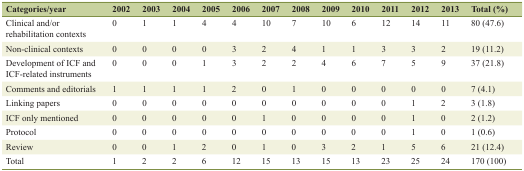
| Categories/year | 2002 | 2003 | 2004 | 2005 | 2006 | 2007 | 2008 | 2009 | 2010 | 2011 | 2012 | 2013 | Total (%) |
 | --- | --- | --- | --- | --- | --- | --- | --- | --- | --- | --- | --- | --- | --- |
 | Clinical and/or rehabilitation contexts | 0 | 1 | 1 | 4 | 4 | 10 | 7 | 10 | 6 | 12 | 14 | 11 | 80 (47.6) |
 | Non-clinical contexts | 0 | 0 | 0 | 0 | 3 | 2 | 4 | 1 | 1 | 3 | 3 | 2 | 19 (11.2) |
 | Development of ICF and ICF-related instruments | 0 | 0 | 0 | 1 | 3 | 2 | 2 | 4 | 6 | 7 | 5 | 9 | 37 (21.8) |
 | Comments and editorials | 1 | 1 | 1 | 1 | 2 | 0 | 1 | 0 | 0 | 0 | 0 | 0 | 7 (4.1) |
 | Linking papers | 0 | 0 | 0 | 0 | 0 | 0 | 0 | 0 | 0 | 0 | 1 | 2 | 3 (1.8) |
 | ICF only mentioned | 0 | 0 | 0 | 0 | 0 | 1 | 0 | 0 | 0 | 0 | 1 | 0 | 2 (1.2) |
 | Protocol | 0 | 0 | 0 | 0 | 0 | 0 | 0 | 0 | 0 | 0 | 1 | 0 | 1 (0.6) |
 | Review | 0 | 0 | 1 | 2 | 0 | 1 | 0 | 3 | 2 | 1 | 5 | 6 | 21 (12.4) |
 | Total | 1 | 2 | 2 | 6 | 12 | 15 | 13 | 15 | 13 | 23 | 25 | 24 | 170 (100) |